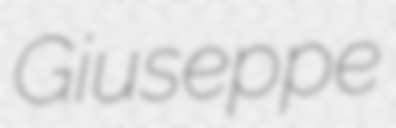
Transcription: Giuseppe